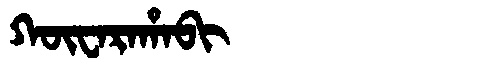
Manchu: ᡴᡡᠸᠠᡵᠠᡥᠠᠪᡳ
Romanization: KŪWARAHABI